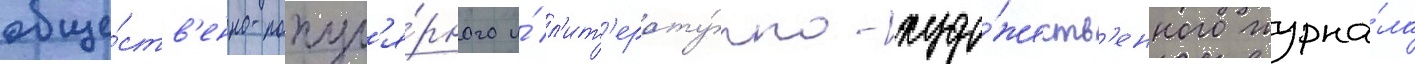
обще́ств'енно-попул'я́рного и́ л'ит'ерату́рно-худо́жеств'енного журна́ла